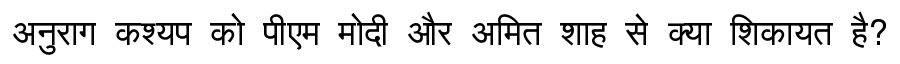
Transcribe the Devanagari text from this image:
अनुराग कश्यप को पीएम मोदी और अमित शाह से क्या शिकायत है?